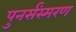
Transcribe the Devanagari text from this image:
पुनर्संस्मरण